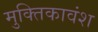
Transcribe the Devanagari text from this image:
मुक्तिकावंश